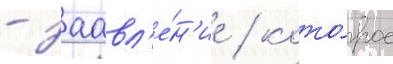
- заавл'е́н'ие / кото́рое